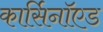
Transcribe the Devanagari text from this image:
कार्सिनॉएड